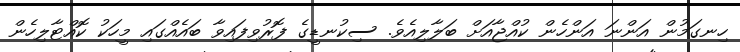
ހިނގަމުން އަންނަ އަންހެން ކުއްޖާއަށް ބަލާލިއެވެ. ސިކުނޑީގެ ފޮރުވިފައިވާ ބައެއްގައި މީހަކު ކޮއްޓާލިހެން